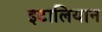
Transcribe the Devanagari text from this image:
इटालियान